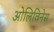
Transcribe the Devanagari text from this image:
ओलिविनेस